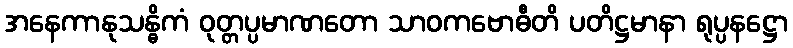
အနေကာနုသန္ဓိကံ ဝုတ္တပ္ပမာဏတော သာဝကဗောဓီတိ ပတိဋ္ဌမာနာ ရုပ္ပနဋ္ဌော